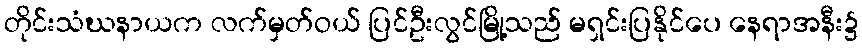
တိုင်းသံဃနာယက လက်မှတ်ဝယ် ပြင်ဦးလွင်မြို့သည် မရှင်းပြနိုင်ပေ နေရာအနီး၌